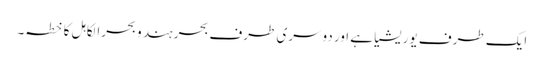
ایک طرف یوریشیا ہے اور دوسری طرف بحر ہند و بحرالکاہل کا خطہ۔